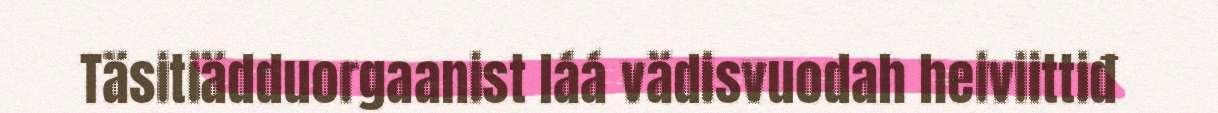
Täsitiädduorgaanist láá vädisvuodah heiviittiđ